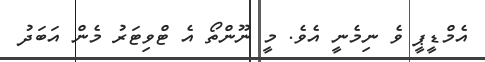
އެމްޑީޕީ ވެ ނިމެނީ އެވެ. މީ ނޫންތޯ އެ ޓްވިޓަރު މެން އަބަދު